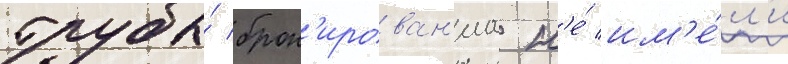
трубы́ брон'ирован'иа н'е́ им'е́л'и